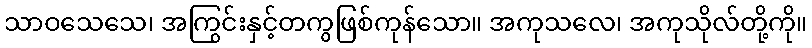
သာဝသေသေ၊ အကြွင်းနှင့်တကွဖြစ်ကုန်သော။ အကုသလေ၊ အကုသိုလ်တို့ကို။